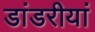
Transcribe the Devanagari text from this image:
डांडरीयां